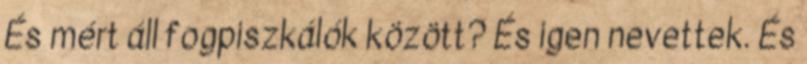
És mért áll fogpiszkálók között? És igen nevettek. És